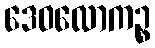
ဒေဝလောကဉ္စ